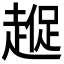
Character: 𮚼